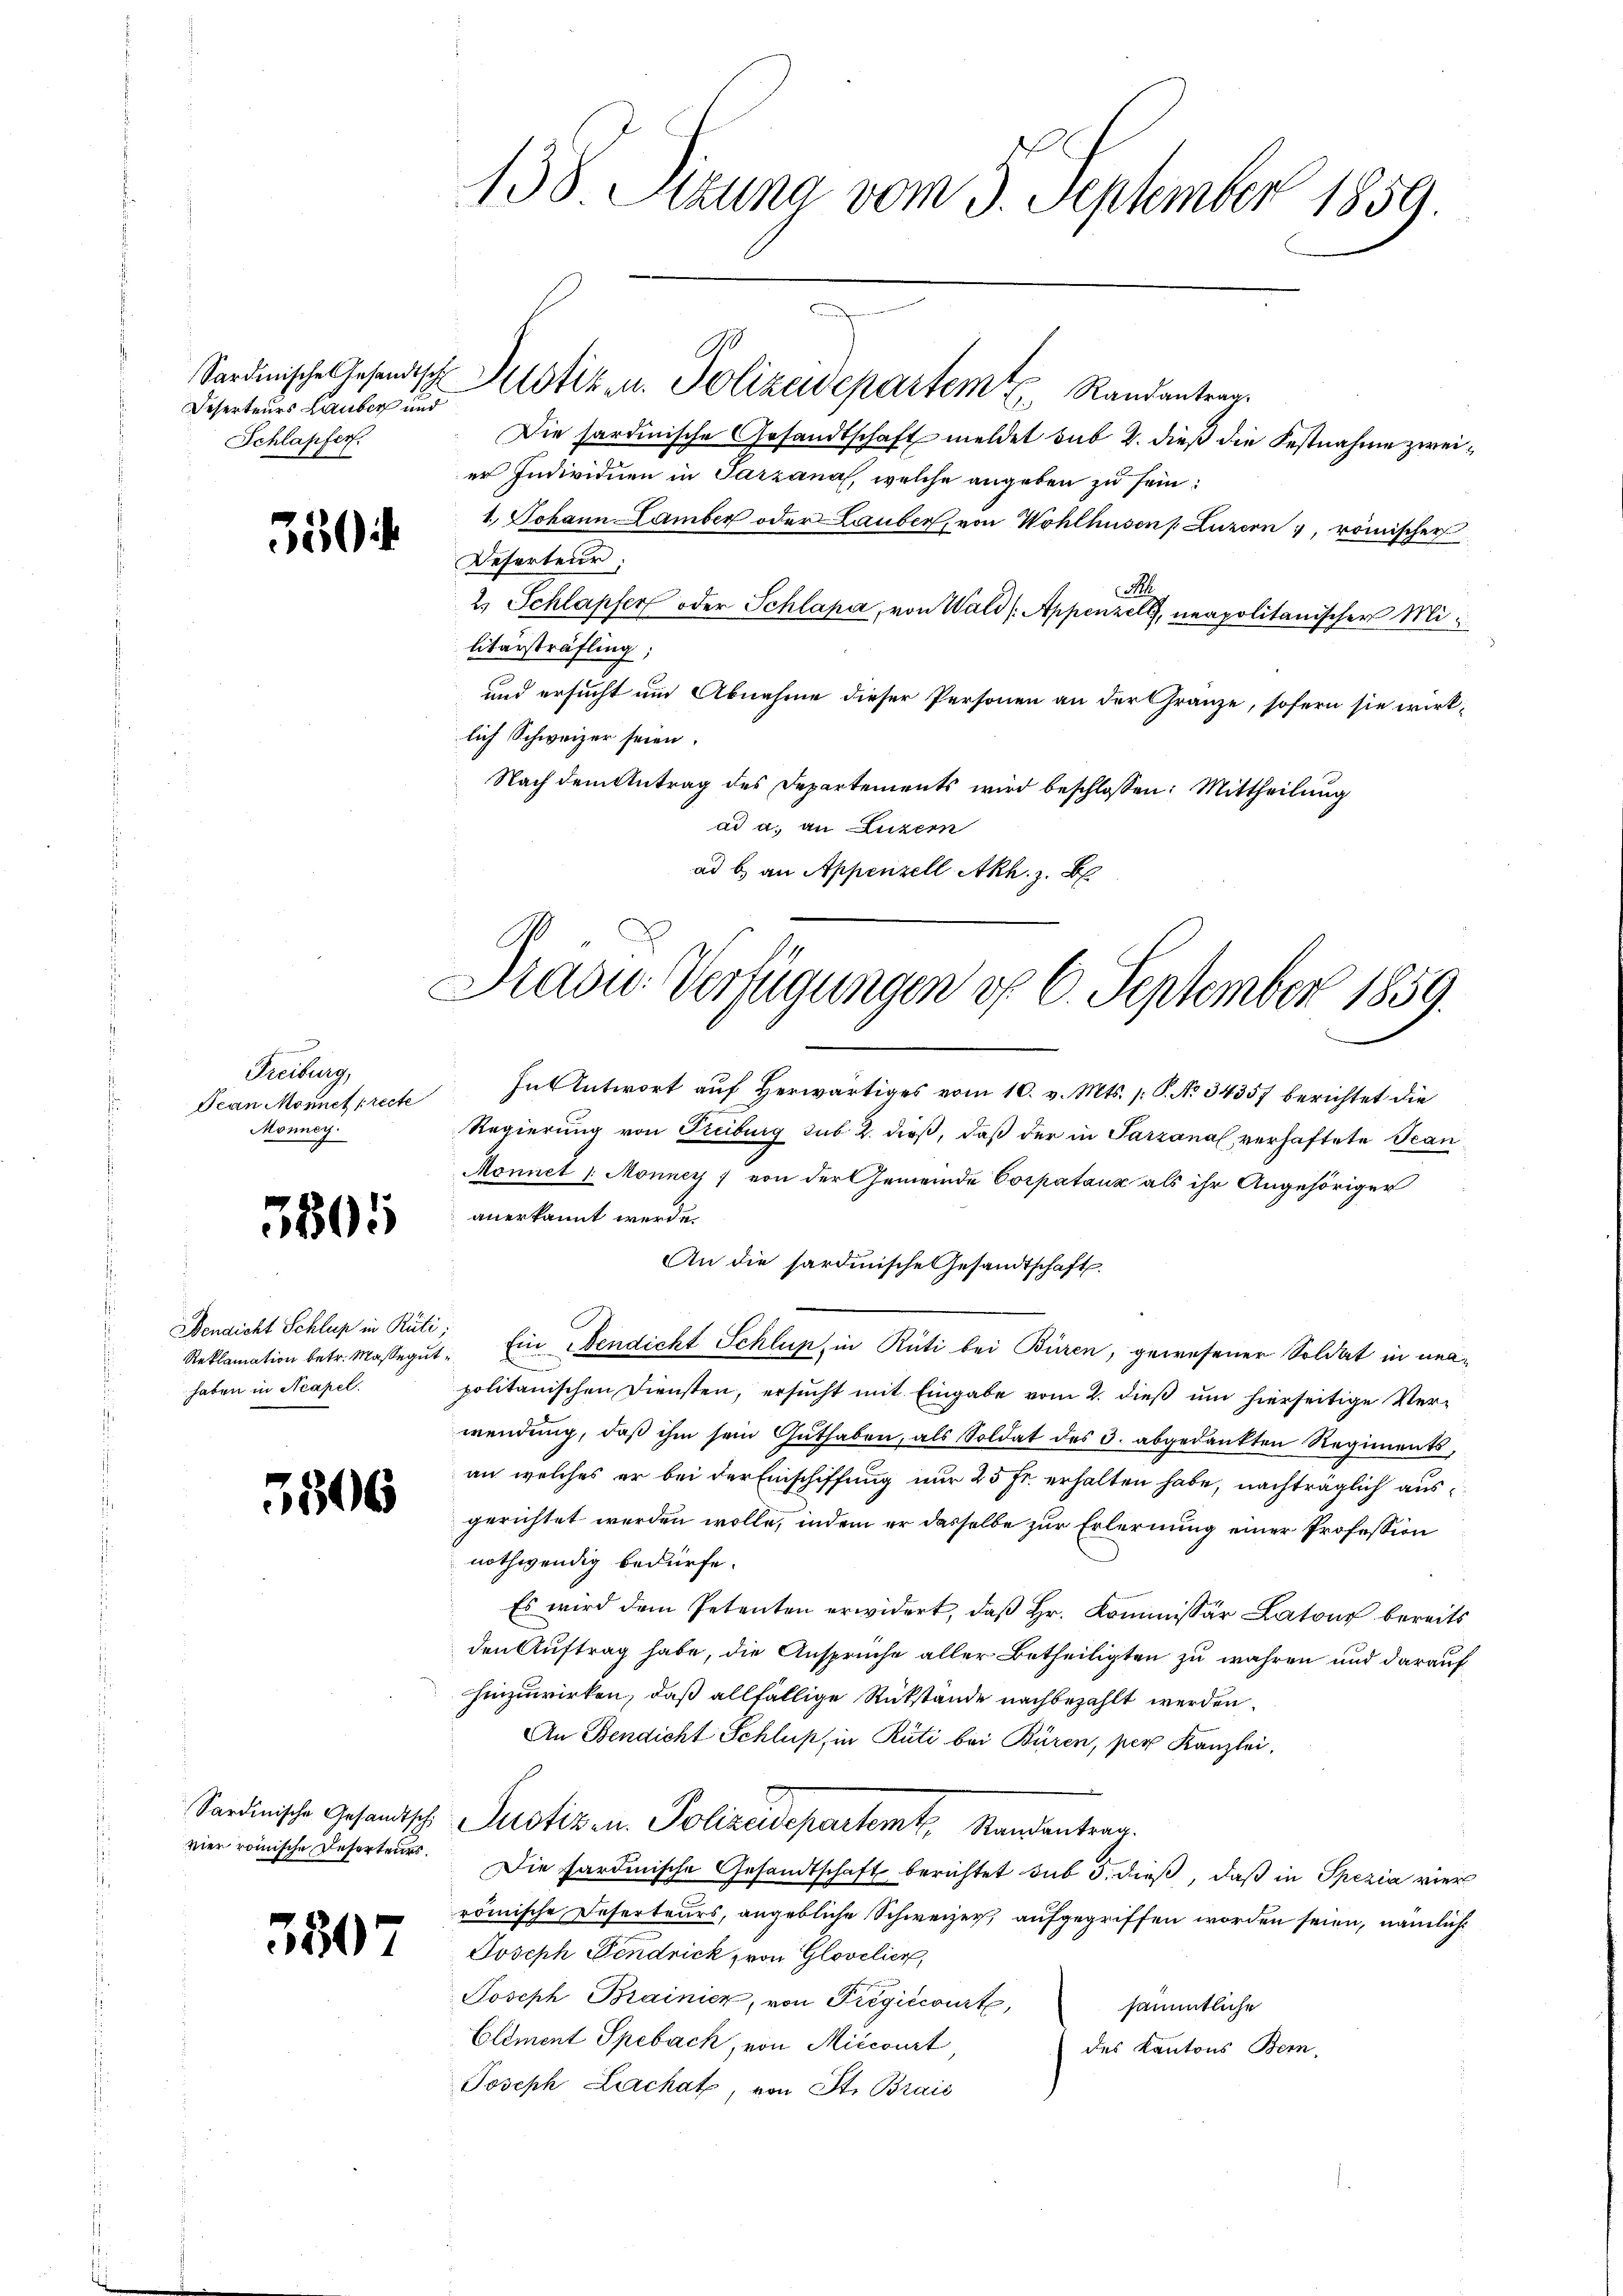
Deserteurs Lauber und
Schlapfer.

350

Freiburg
Jean Monnet [recte
Monney.

3801

Bendicht Schluß in Rüti
Reklamation betr. Massegu
haben in Neapel.

3506

Sardinische Gesandtschi
vier römische Deserteurs,

380

138 Sitzung vom 3. September 1859.

Sardinische Gesandtsch Klotiz u. Polizeidepartem Randantrag.
Die sardinische Gesandtschaft meldet sub 2. dieß die Festnahme zweier Individuen in Parzanal, welche angeben zu sein:
1.) Johann Lamber oder Lauber, von Wohlhusen (Luzern, römischer
Referteur,
N.
2. Schlapfer oder Schlapa, von Wald (Appenzell, neapolitanischer Militärsträfling;
und ersucht um Abnahme dieser Personen an der Gränze, sofern sie wirklich Schweizer seien.
Nach dem Antrag des Departements wird beschlossen: Mittheilung
ad a. an Luzern
ad b) an Appenzell Akh. z. B

Präsid. Verfügungen d. 6. September 1859.

In Antwort auf herwärtiges vom 10. v. Mts. (: P. No 34357 berichtet die
Regierung von Freiburg sub 2. dieß, daβ der in Parzanal verhaftete Tcan¬
Monnet /: Monney 7 von der Gemeinde Corpataux als ihr Angehöriger
anerkannt werde.
An die sardinische Gesandtschaft.
1. Ein Mendicht Schluss in Rüti bei Büren, gewesener Soldat in unapolitanischen Diensten, ersucht mit Eingabe vom 2. dieß um hierseitige Verwendung, daß ihm sein Guthaben, als Soldat des 3. abgedankten Regiments,
an welches er bei der Einschiffung nur 25 Fr. erhalten habe, nachträglich ausgerichtet werden wolle, indem er dasselbe zur Erlernung einer Profession
nothwendig bedürfe.
Es wird dem Petenten erwidert, daß Hr. Kommissär Latour bereits
den Auftrag habe, die Ansprüche aller Betheiligten zu wahren und darauf
hinzuwirken, daß allfällige Rükstände nachbezahlt werden.
An Bendicht Schluß, in Rüti bei Büren, per Kanzlei,
Justiz- u. Polizeidepartamt, Mandantrag.
Die Sardinische Gesandtschaft berichtet sub 5. dieß, daß in Spezia vier
römische Deserteurs, angebliche Schweizer, aufgegriffen worden seien, nämlich
Joseph Pendrick von Glovclien,
Joseph Brainier, von Fregićcourt,
sämmtliche
Eliment Spebach, von Miccourt
des Kantons Bern,
Joseph Lachat, von St. Brais